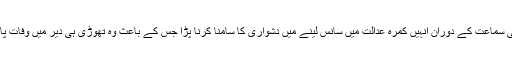
عدالتی سماعت کے دوران انہیں کمرہ عدالت میں سانس لینے میں دشواری کا سامنا کرنا پڑا جس کے باعث وہ تھوڑی ہی دیر میں وفات پاگئے۔